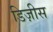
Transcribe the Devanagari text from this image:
डिज़ीस